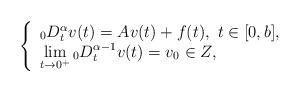
LaTeX: \begin{align*}\left\{\begin{array}{l}{}_0D^{\alpha}_tv(t)=Av(t)+f(t),~t\in [0,b],\\ \lim\limits_{t\to 0^+}{}_0D_t^{\alpha-1}v(t)=v_0\in Z,\end{array}\right.\end{align*}